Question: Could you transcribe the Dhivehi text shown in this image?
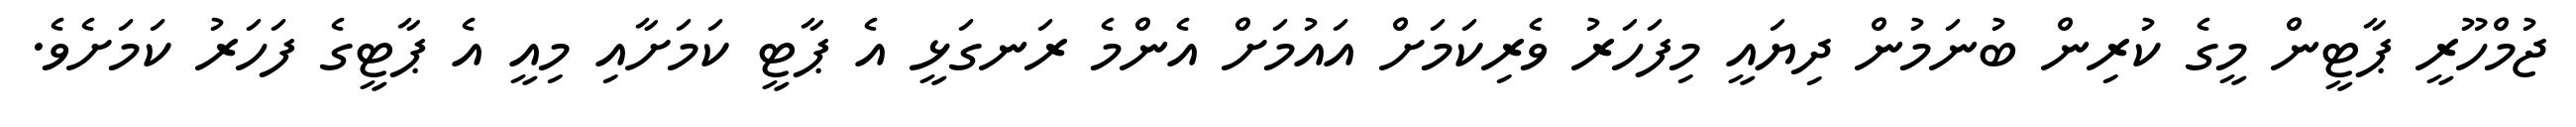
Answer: ޖުމްހޫރީ ޕާޓީން މީގެ ކުރިން ބުނަމުން ދިޔައީ މިފަހަރު ވެރިކަމަށް އައުމަށް އެންމެ ރަނގަޅީ އެ ޕާޓީ ކަމަށާއި މިއީ އެ ޕާޓީގެ ފަހަރު ކަމަށެވެ.